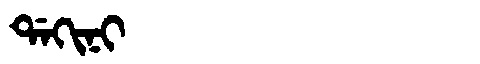
Manchu: ᡩᠠᡴᡳᠨᡳ
Romanization: DAKINI